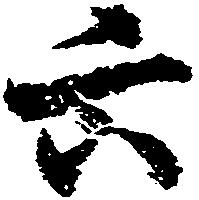
六